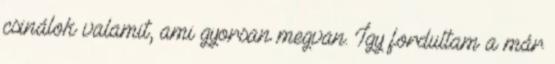
csinálok valamit, ami gyorsan megvan. Így fordultam a már